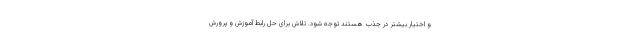
و اختیار بیشتر در جذب هستند توجه شود. تلاش برای حل رابط آموزش و پرورش